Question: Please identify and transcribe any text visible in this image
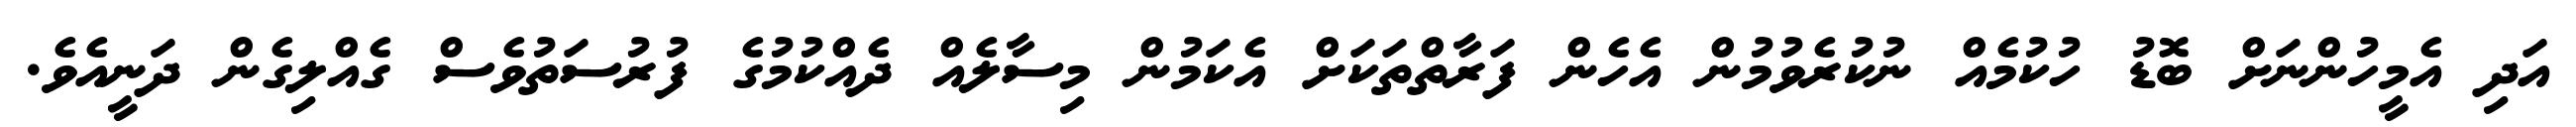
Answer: އަދި އެމީހުންނަށް ބޮޑު ހުކުމެއް ނުކުރެވުމުން އެހެން ފަރާތްތަކަށް އެކަމުން މިސާލެއް ދެއްކުމުގެ ފުރުސަތުވެސް ގެއްލިގެން ދަނީއެވެ.